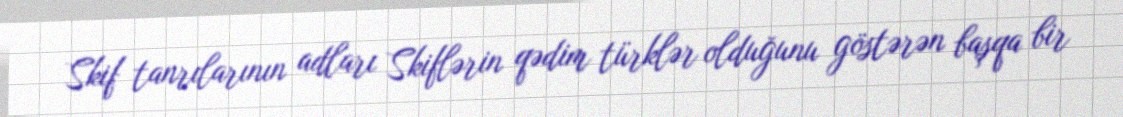
Skif tanrılarının adları Skiflərin qədim türklər olduğunu göstərən başqa bir